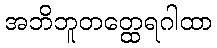
အဘိဘူတတ္ထေရဂါထာ